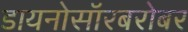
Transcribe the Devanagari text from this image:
डायनोसॉरबरोबर